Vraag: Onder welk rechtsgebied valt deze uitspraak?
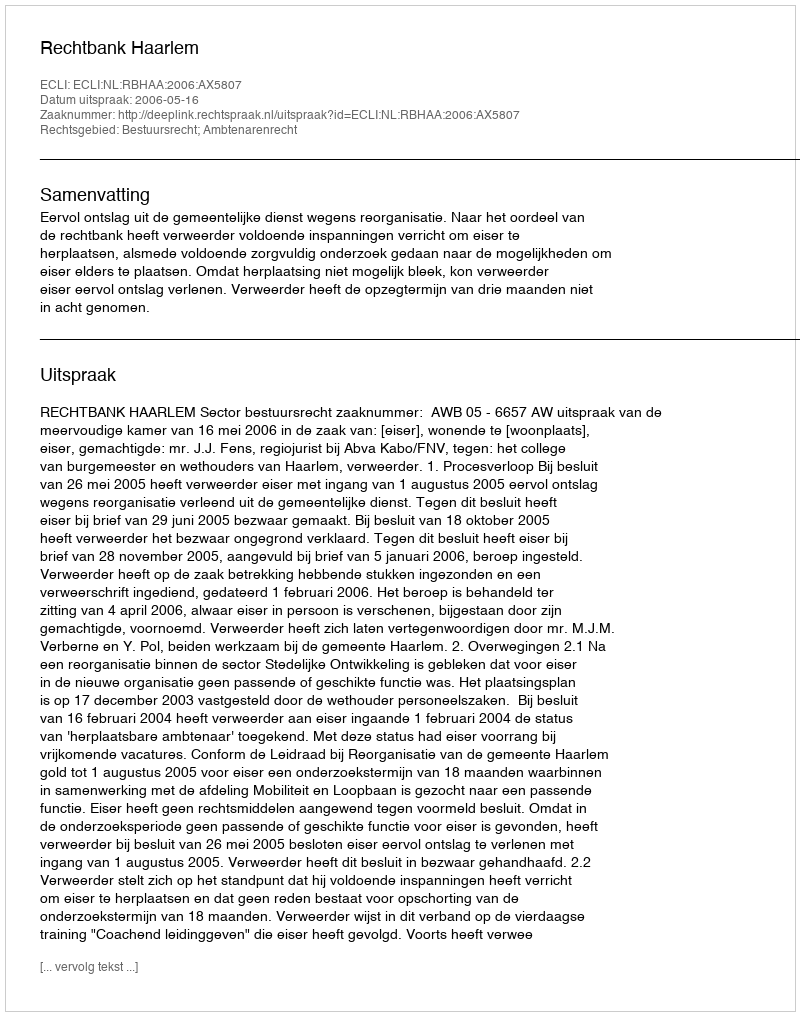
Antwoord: Bestuursrecht; Ambtenarenrecht